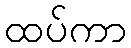
ထပ်ကာ